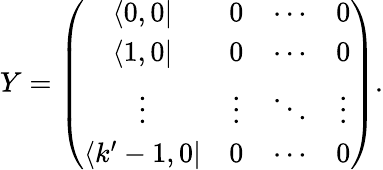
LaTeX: Y=\left(\begin{array}{cccc}{{\langle 0,0|}}&{{0}}&{{\cdots}}&{{0}}\\ {{\langle 1,0|}}&{{0}}&{{\cdots}}&{{0}}\\ {{\vdots}}&{{\vdots}}&{{\ddots}}&{{\vdots}}\\ {{\langle k^{\prime}-1,0|}}&{{0}}&{{\cdots}}&{{0}}\end{array}\right).